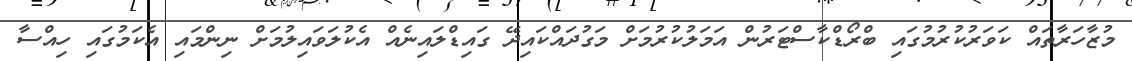
މުޒާހަރާތައް ކަވަރުކުރުމުގައި ބްރޯޑްކާސްޓަރުން އަމަލުކުރުމަށް މަގުދައްކައިދޭ ގައިޑްލައިނެއް އެކުލަވައިލުމަށް ނިންމައި އެކަމުގައި ހިއްސާ